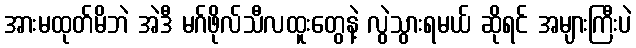
အားမထုတ်မိဘဲ အဲဒီ မဂ်ဖိုလ်သီလထူးတွေနဲ့ လွဲသွားရမယ် ဆိုရင် အများကြီးပဲ